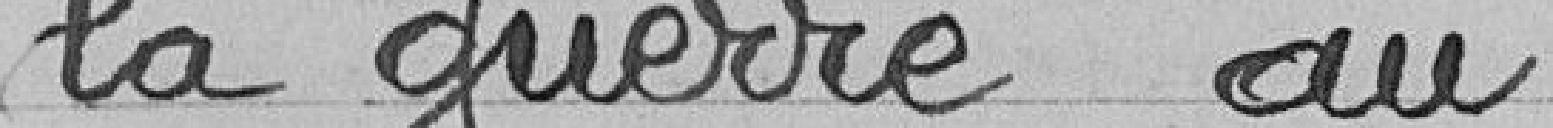
la guerre au